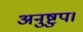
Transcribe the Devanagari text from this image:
अनुष्टुप।